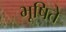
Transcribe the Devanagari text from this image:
भूषिते